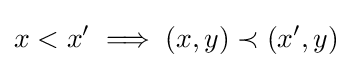
x<x'\implies (x,y)\prec (x',y)